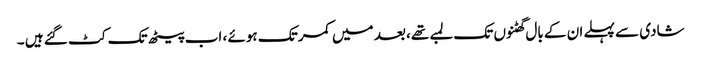
شادی سے پہلے ان کے بال گھٹنوں تک لمبے تھے، بعد میں کمر تک ہوئے ، اب پیٹھ تک کٹ گئے ہیں ۔